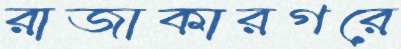
রাজাকারগরে